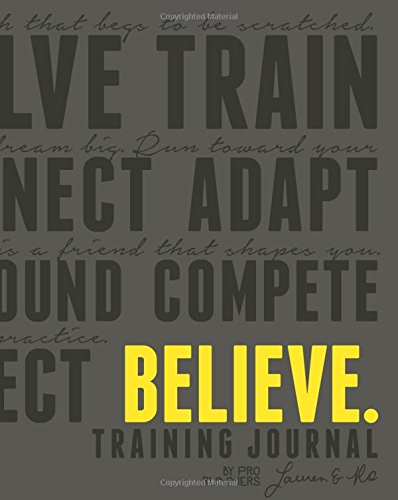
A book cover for Believe Training Journal (Charcoal Edition); Lauren Fleshman; Health, Fitness & Dieting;